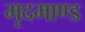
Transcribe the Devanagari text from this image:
मृदमाण्ड